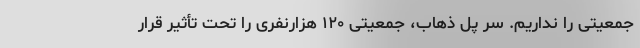
جمعیتی را نداریم. سر پل ذهاب، جمعیتی ۱۲۰ هزارنفری را تحت تأثیر قرار